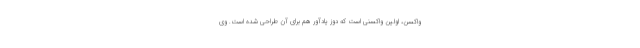
واکسن، اولین واکسنی است که دوز یادآور هم برای آن طراحی شده است. وی